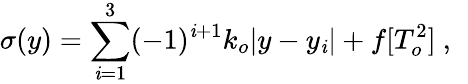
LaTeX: \sigma(y)=\sum_{\mathit{i}=1}^{3}(-1)^{\mathit{i}+1}k_{o}|y-y_{\mathit{i}}|+f[T_{o}^{2}]~,~\,